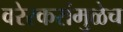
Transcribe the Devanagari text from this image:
वरेरकरांमुळेच